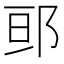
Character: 𮟷